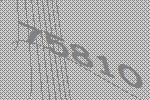
75810